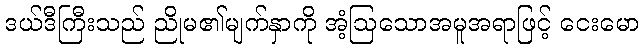
ဒယ်ဒီကြီးသည် ညိုမ၏မျက်နှာကို အံ့ဩသောအမူအရာဖြင့် ငေးမော